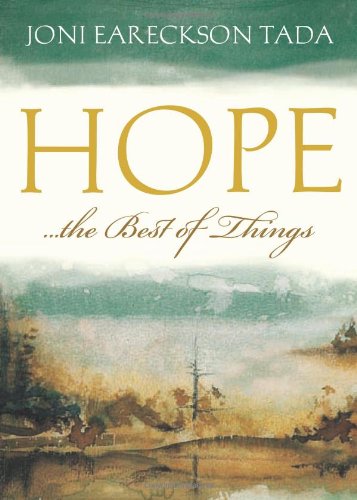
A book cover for Hope...the Best of Things; Joni Eareckson Tada; Christian Books & Bibles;